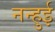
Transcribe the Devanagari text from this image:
नन्हुई